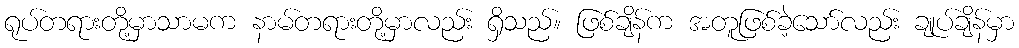
ရုပ်တရားတို့မှာသာမက နာမ်တရားတို့မှာလည်း ရှိသည်။ ဖြစ်ချိန်က အတူဖြစ်ခဲ့သော်လည်း ချုပ်ချိန်မှာ